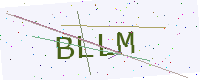
Text: BLLM